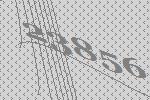
23856